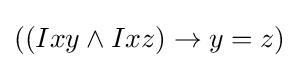
((Ixy\land Ixz)\rightarrow y=z)